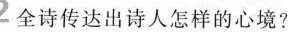
2全诗传达出诗人怎样的心境?